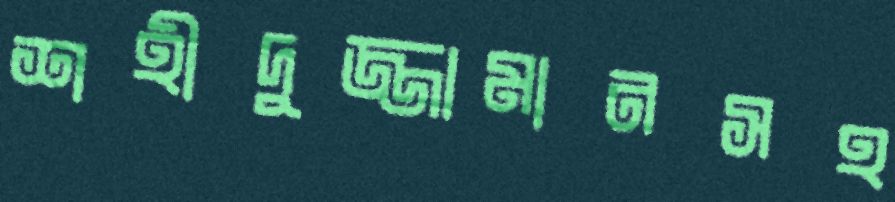
শহীদুজ্জামানসহ